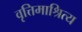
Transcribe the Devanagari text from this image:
वृत्तिमाश्रित्य